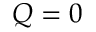
Q = 0